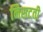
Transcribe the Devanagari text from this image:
निसटती